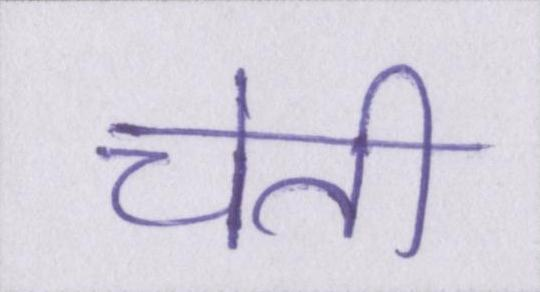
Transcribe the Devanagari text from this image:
चेती